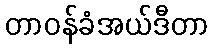
တာဝန်ခံအယ်ဒီတာ